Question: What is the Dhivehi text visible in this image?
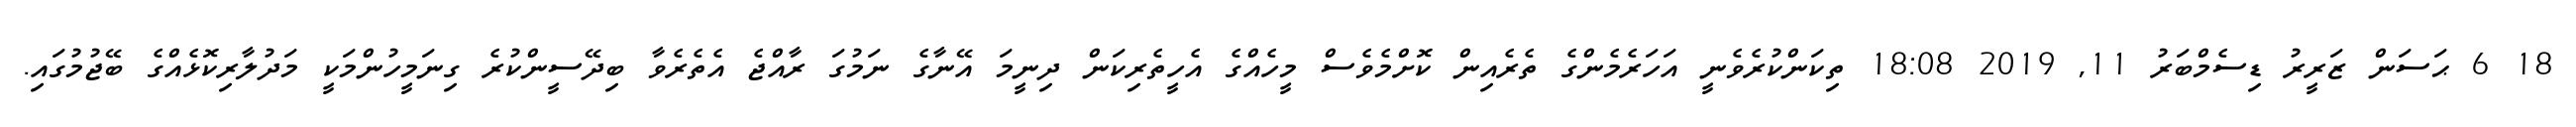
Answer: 18 6 ޙަސަން ޒަރީރު ޑިސެމްބަރު 11, 2019 18:08 ތިކަންކުރެވެނީ އަހަރެމެންގެ ތެރެއިން ކޮށްމެވެސް މީހެއްގެ އެހީތެރިކަން ދިނީމަ އޭނާގެ ނަމުގަ ރާއްޖެ އެތެރެވާ ބިދޭސީންކުރެ ގިނަމީހުންމަކީ މަދުލާރިކޮޅެއްގެ ބޭޖުމުގައި.